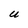
Character: U